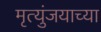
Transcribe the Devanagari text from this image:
मृत्युंजयाच्या